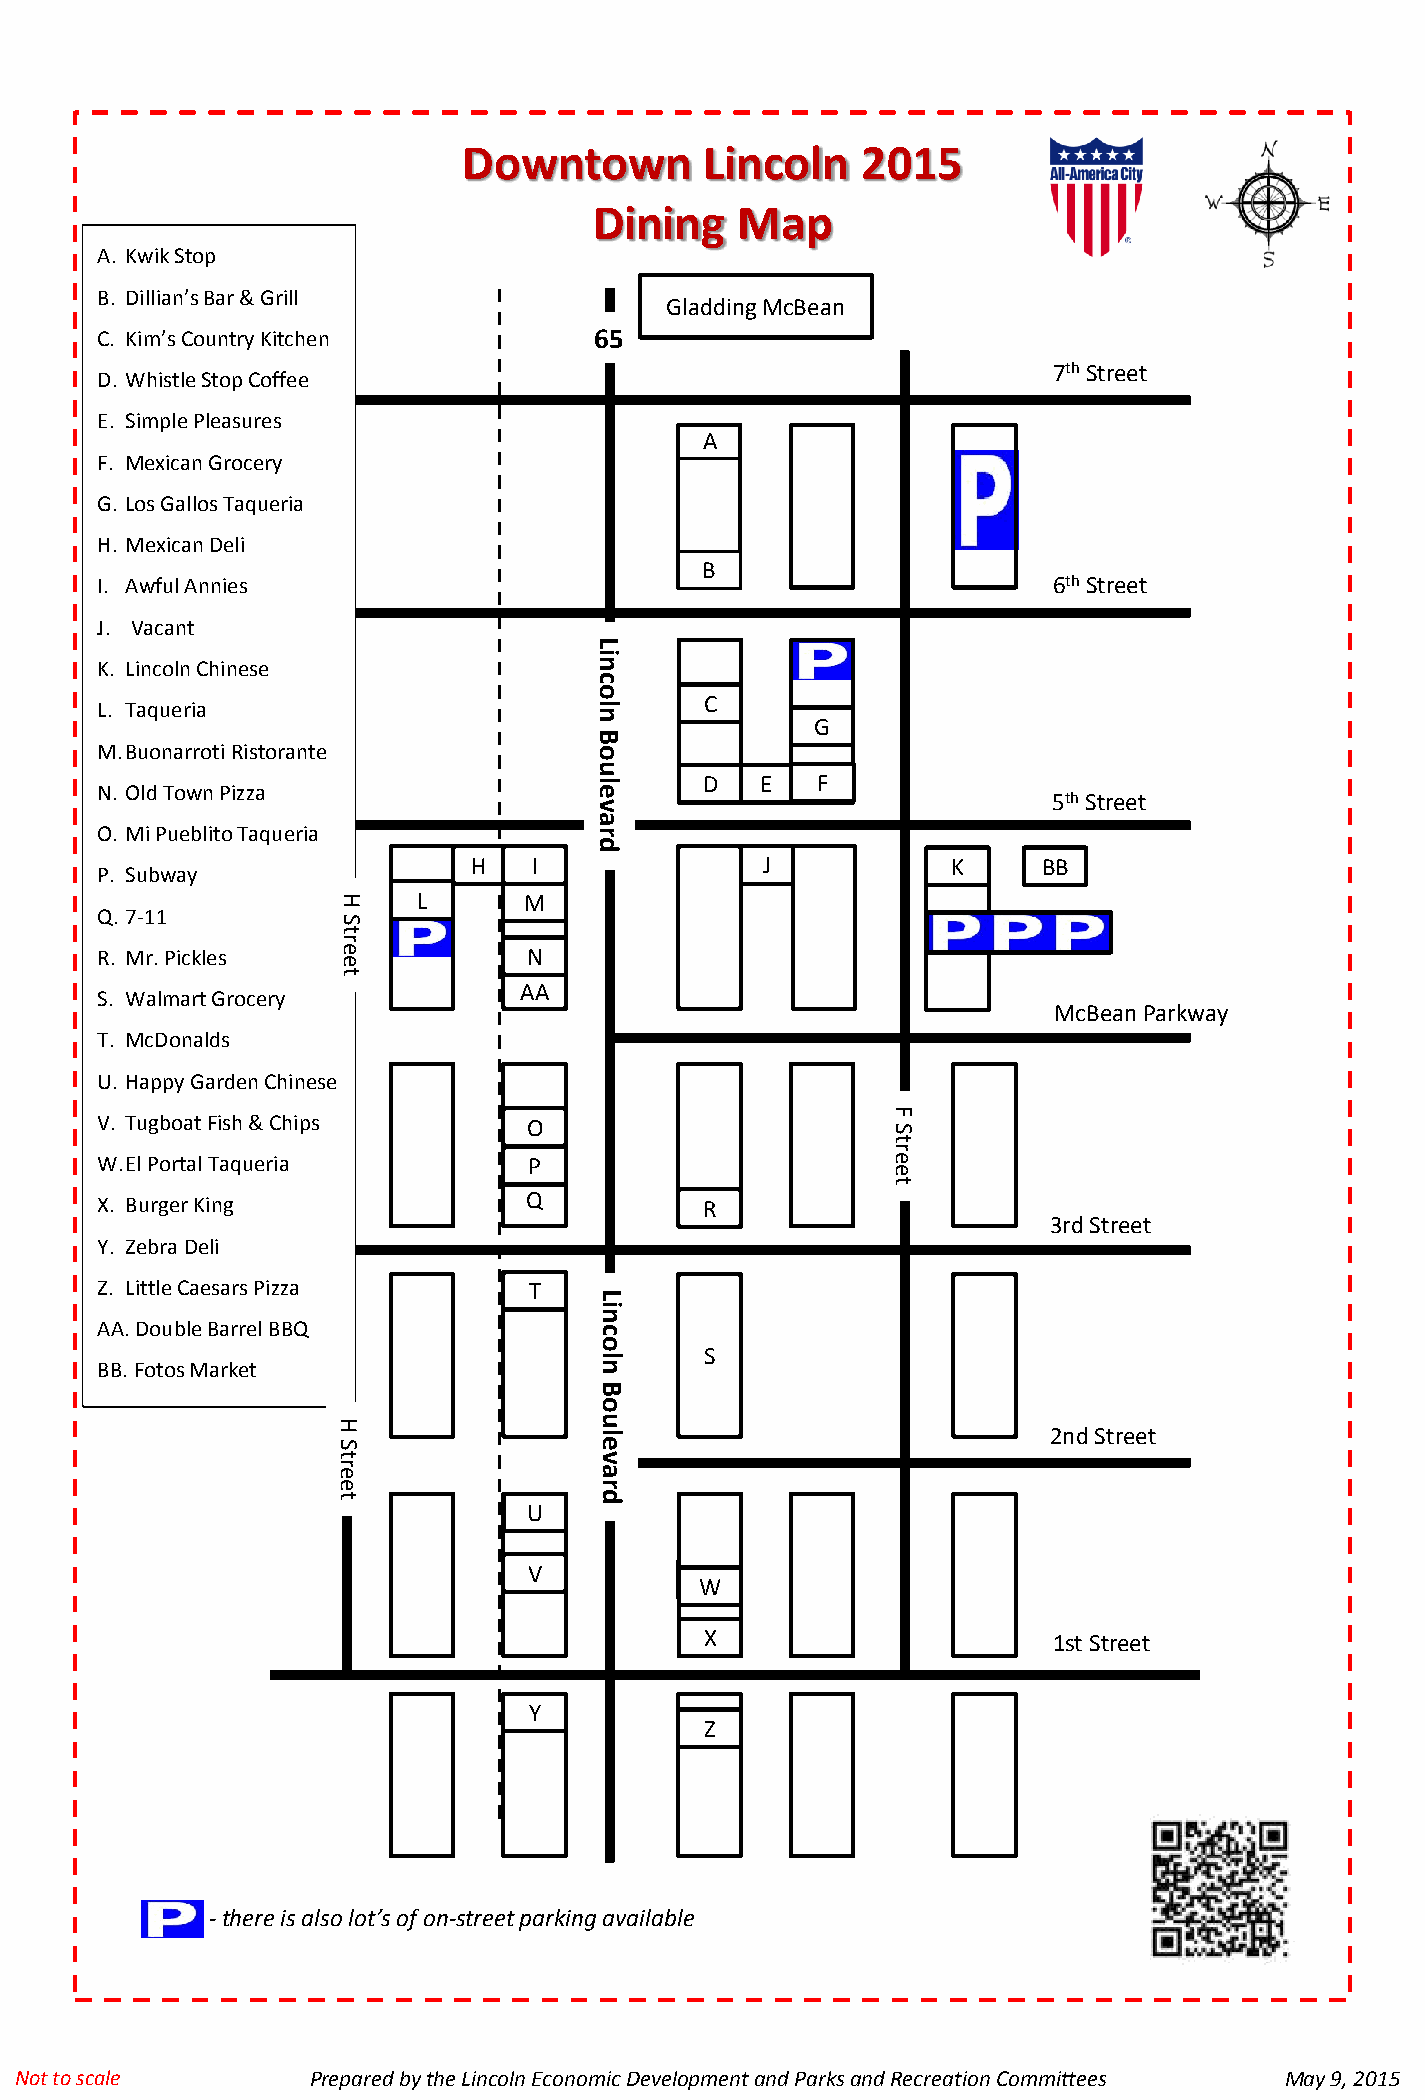
Downtown        Lincoln   2015
 Dining    Map
 A. KwikStop
 B. Dillian’sBar & Grill
 Gladding McBean
 C. Kim’s Country Kitchen         65
 7thStreet
 D. Whistle Stop Coffee
 E. Simple Pleasures
 A
 F. Mexican Grocery
 G. Los Gallos Taqueria
 H. Mexican Deli
 B
 I. Awful Annies                                                 6thStreet
 J. Vacant
 L
 i
 K. Lincoln Chinese               n
 c
 o
 C
 L. Taqueria                      l
 n
 G
 B
 M.BuonarrotiRistorante           o
 u
 N. Old Town Pizza                el      D  E   F
 5thStreet
 v
 a
 O. Mi PueblitoTaqueria           r
 d
 H   I               J           K     BB
 P. Subway
 H     L      M
 Q. 7-11
 S
 t
 r
 R. Mr. Pickles  e            N
 e
 t
 AA
 S. Walmart Grocery
 McBean Parkway
 T. McDonalds
 U. Happy Garden Chinese
 V. Tugboat Fish & Chips      O1
 S
 F
 t
 r
 W.El Portal Taqueria         P                       e
 e
 t
 X. Burger King               Q           R
 3rd Street
 Y. Zebra Deli
 Z. Little Caesars Pizza      T
 L
 i
 n
 AA.Double Barrel BBQ             c
 o
 S
 l
 BB.FotosMarket                   n
 B
 o
 H                u
 S
 el                             2nd Street
 t                v
 er               a
 e                r
 t                d
 U
 V
 WV
 X                      1st Street
 Y
 Z
 -there is also lot’s of on-street parking available
 NNoott ttoo ssccaallee Prepared by the Lincoln Economic Development and Parks and Recreation Committees May 9, 2015